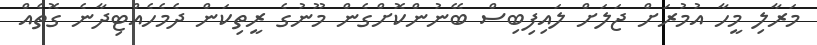
މަރާލި މީހާ އުމުރަށް ޖަލަށް ލައިފިބިސް ބޭނުންކޮށްގެން މޫނުގެ ރީތިކަން ދެމެހެއްޓިދާނެ ގޮތެއް